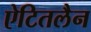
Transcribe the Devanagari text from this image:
ऐटितलैन